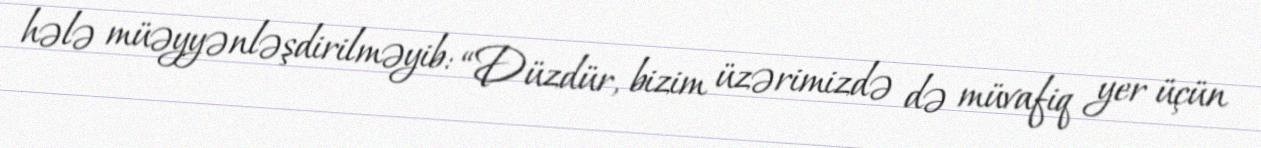
hələ müəyyənləşdirilməyib: “Düzdür, bizim üzərimizdə də müvafiq yer üçün